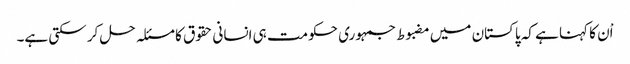
اْن کا کہنا ہے کہ پاکستان میں مضبوط جمہوری حکومت ہی انسانی حقوق کا مسئلہ حل کر سکتی ہے۔